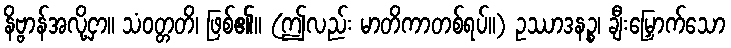
နိဗ္ဗာန်အလို့ငှာ။ သံဝတ္တတိ၊ ဖြစ်၏။ (ဤလည်း မာတိကာတစ်ရပ်။) ဥဿာဒနဉ္စ၊ ချီးမြှောက်သော